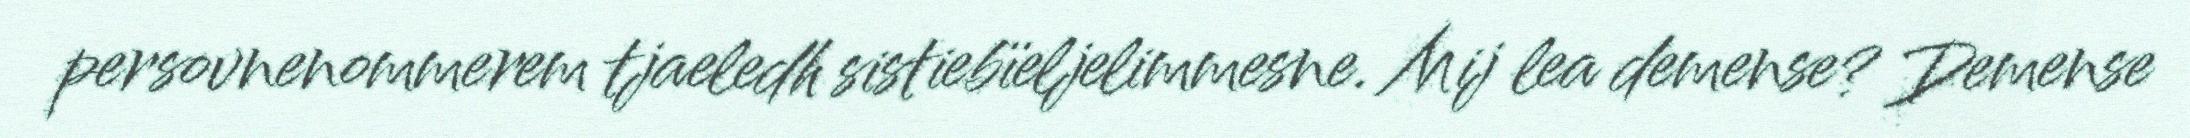
persovnenommerem tjaeledh sistiebïeljelimmesne. Mij lea demense? Demense